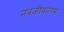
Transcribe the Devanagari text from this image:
नवजीवनरस